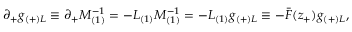
\partial _ { + } g _ { ( + ) L } \equiv \partial _ { + } M _ { ( 1 ) } ^ { - 1 } = - L _ { ( 1 ) } M _ { ( 1 ) } ^ { - 1 } = - L _ { ( 1 ) } g _ { ( + ) L } \equiv - \bar { F } ( z _ { + } ) g _ { ( + ) L } ,